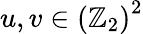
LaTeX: u,v\in\left(\mathbb{Z}_{2}\right)^{2}